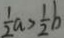
\frac { 1 } { 2 } a > \frac { 1 } { 2 } b